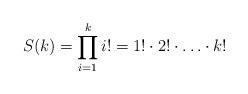
LaTeX: \begin{align*}S(k)=\prod_{i=1}^{k}i!=1!\cdot2!\cdot\ldots\cdot k!\end{align*}